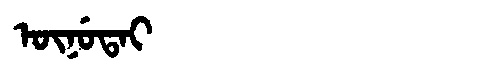
Manchu: ᡡᠨᡠᡨᠠᡳ
Romanization: ŪNUTAI